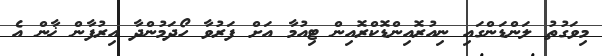
މިވަގުތު ލަންޑަންގައި ނިއުރޮއިންޑޮކްރޮއިން ޓިއުމާ އަށް ފަރުވާ ހޯދަމުންދާ އިރުފާން ޚާން އެ